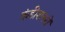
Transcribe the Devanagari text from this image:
कंडीशनरों